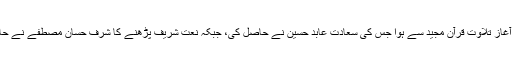
محفل کا آغاز تلاوت قرآن مجید سے ہوا جس کی سعادت عابد حسین نے حاصل کی، جبکہ نعت شریف پڑھنے کا شرف حسان مصطفے نے حاصل کیا۔